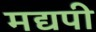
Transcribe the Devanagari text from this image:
मद्यपी